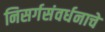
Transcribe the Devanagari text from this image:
निसर्गसंवर्धनाचे